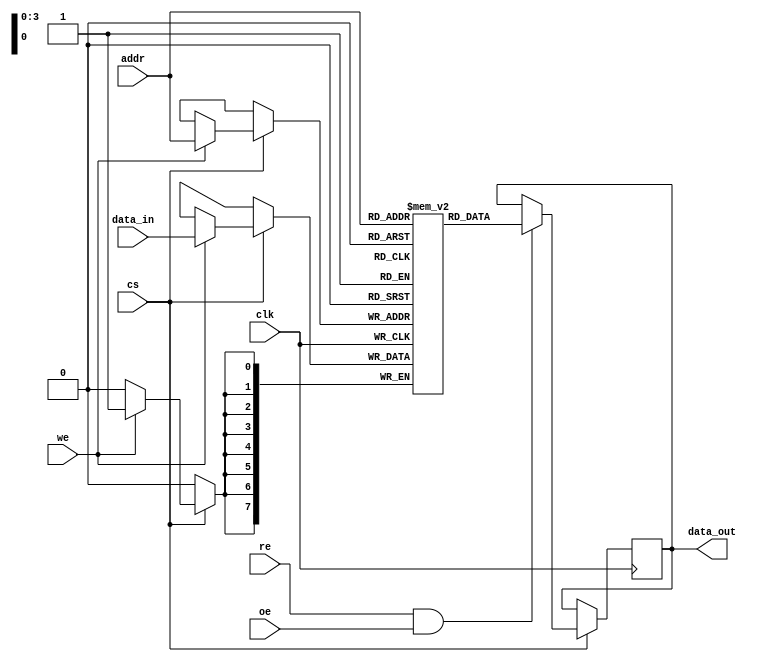
module eSRAM #(
    parameter ADDR_WIDTH = 4,    // Number of address bits
    parameter DATA_WIDTH = 8,     // Data width
    parameter MEM_DEPTH = (1 << ADDR_WIDTH) // Memory depth
)(
    input wire clk,                // Clock signal
    input wire cs,                 // Chip Select
    input wire we,                 // Write Enable
    input wire re,                 // Read Enable
    input wire oe,                 // Output Enable
    input wire [ADDR_WIDTH-1:0] addr, // Address input
    input wire [DATA_WIDTH-1:0] data_in, // Data input
    output reg [DATA_WIDTH-1:0] data_out // Data output
);

    // Memory array declaration
    reg [DATA_WIDTH-1:0] mem [0:MEM_DEPTH-1];

    // Initialization of memory
    integer i;
    initial begin
        for (i = 0; i < MEM_DEPTH; i = i + 1) begin
            mem[i] = {DATA_WIDTH{1'b0}}; // Initialize memory to 0
        end
    end

    always @(posedge clk) begin
        if (cs) begin
            // Write Operation
            if (we) begin
                mem[addr] <= data_in; // Write data to memory
            end
            // Read Operation
            if (re && oe) begin
                data_out <= mem[addr]; // Read data from memory
            end
        end
    end

endmodule